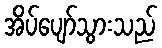
အိပ်ပျော်သွားသည်